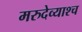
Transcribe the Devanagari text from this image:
मरुदेव्याश्च